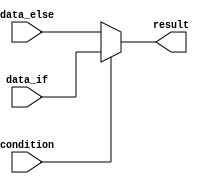
module if_else_block (
    input condition,
    input [7:0] data_if,
    input [7:0] data_else,
    output reg [7:0] result
);

always @(*) begin
    if (condition) begin
        result = data_if;
    end else begin
        result = data_else;
    end

end

endmodule